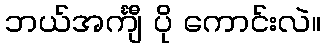
ဘယ်အင်္ကျီ ပို ကောင်းလဲ။